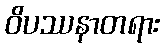
ဝိပဿနာတရား